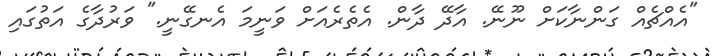
"އެއްޗެއް ގަންނާކަށް ނޫނޭ. އާދޭ ދާން. އެތެރެއަށް ވަނީމަ އެނގޭނީ." ވަރުދާގެ އަތުގައި